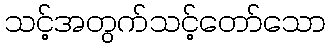
သင့်အတွက်သင့်တော်သော